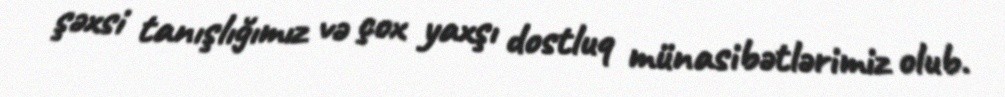
şəxsi tanışlığımız və çox yaxşı dostluq münasibətlərimiz olub.